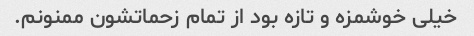
خیلی خوشمزه و تازه بود از تمام زحماتشون ممنونم.